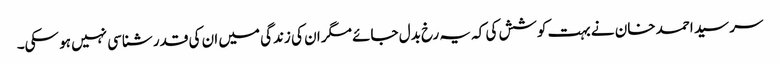
سر سید احمد خان نے بہت کوشش کی کہ یہ رخ بدل جائے مگر ان کی زندگی میں ان کی قدر شناسی نہیں ہو سکی۔